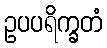
ဥပပရိက္ခတံ